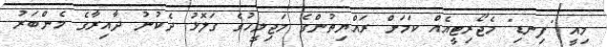
މިއީ "ފިނޑި" މެޖޯރިޓީއެއް ކަމަށް ރައްޔިތުންގެ މަޖިލީހުގެ ގަލޮޅު ދެކުނު ދާއިރާގެ މެންބަރު